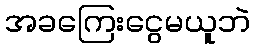
အခကြေးငွေမယူဘဲ